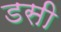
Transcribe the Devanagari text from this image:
डसी